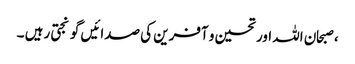
، صبحان اللہ اور تحسین و آفرین کی صدائیں گونجتی رہیں ۔